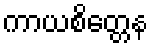
ကာယစိတ္တေန